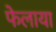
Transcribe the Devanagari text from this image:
फेलाया